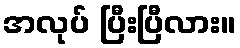
အလုပ် ပြီးပြီလား။